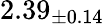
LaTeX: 2.39_{\pm 0.14}